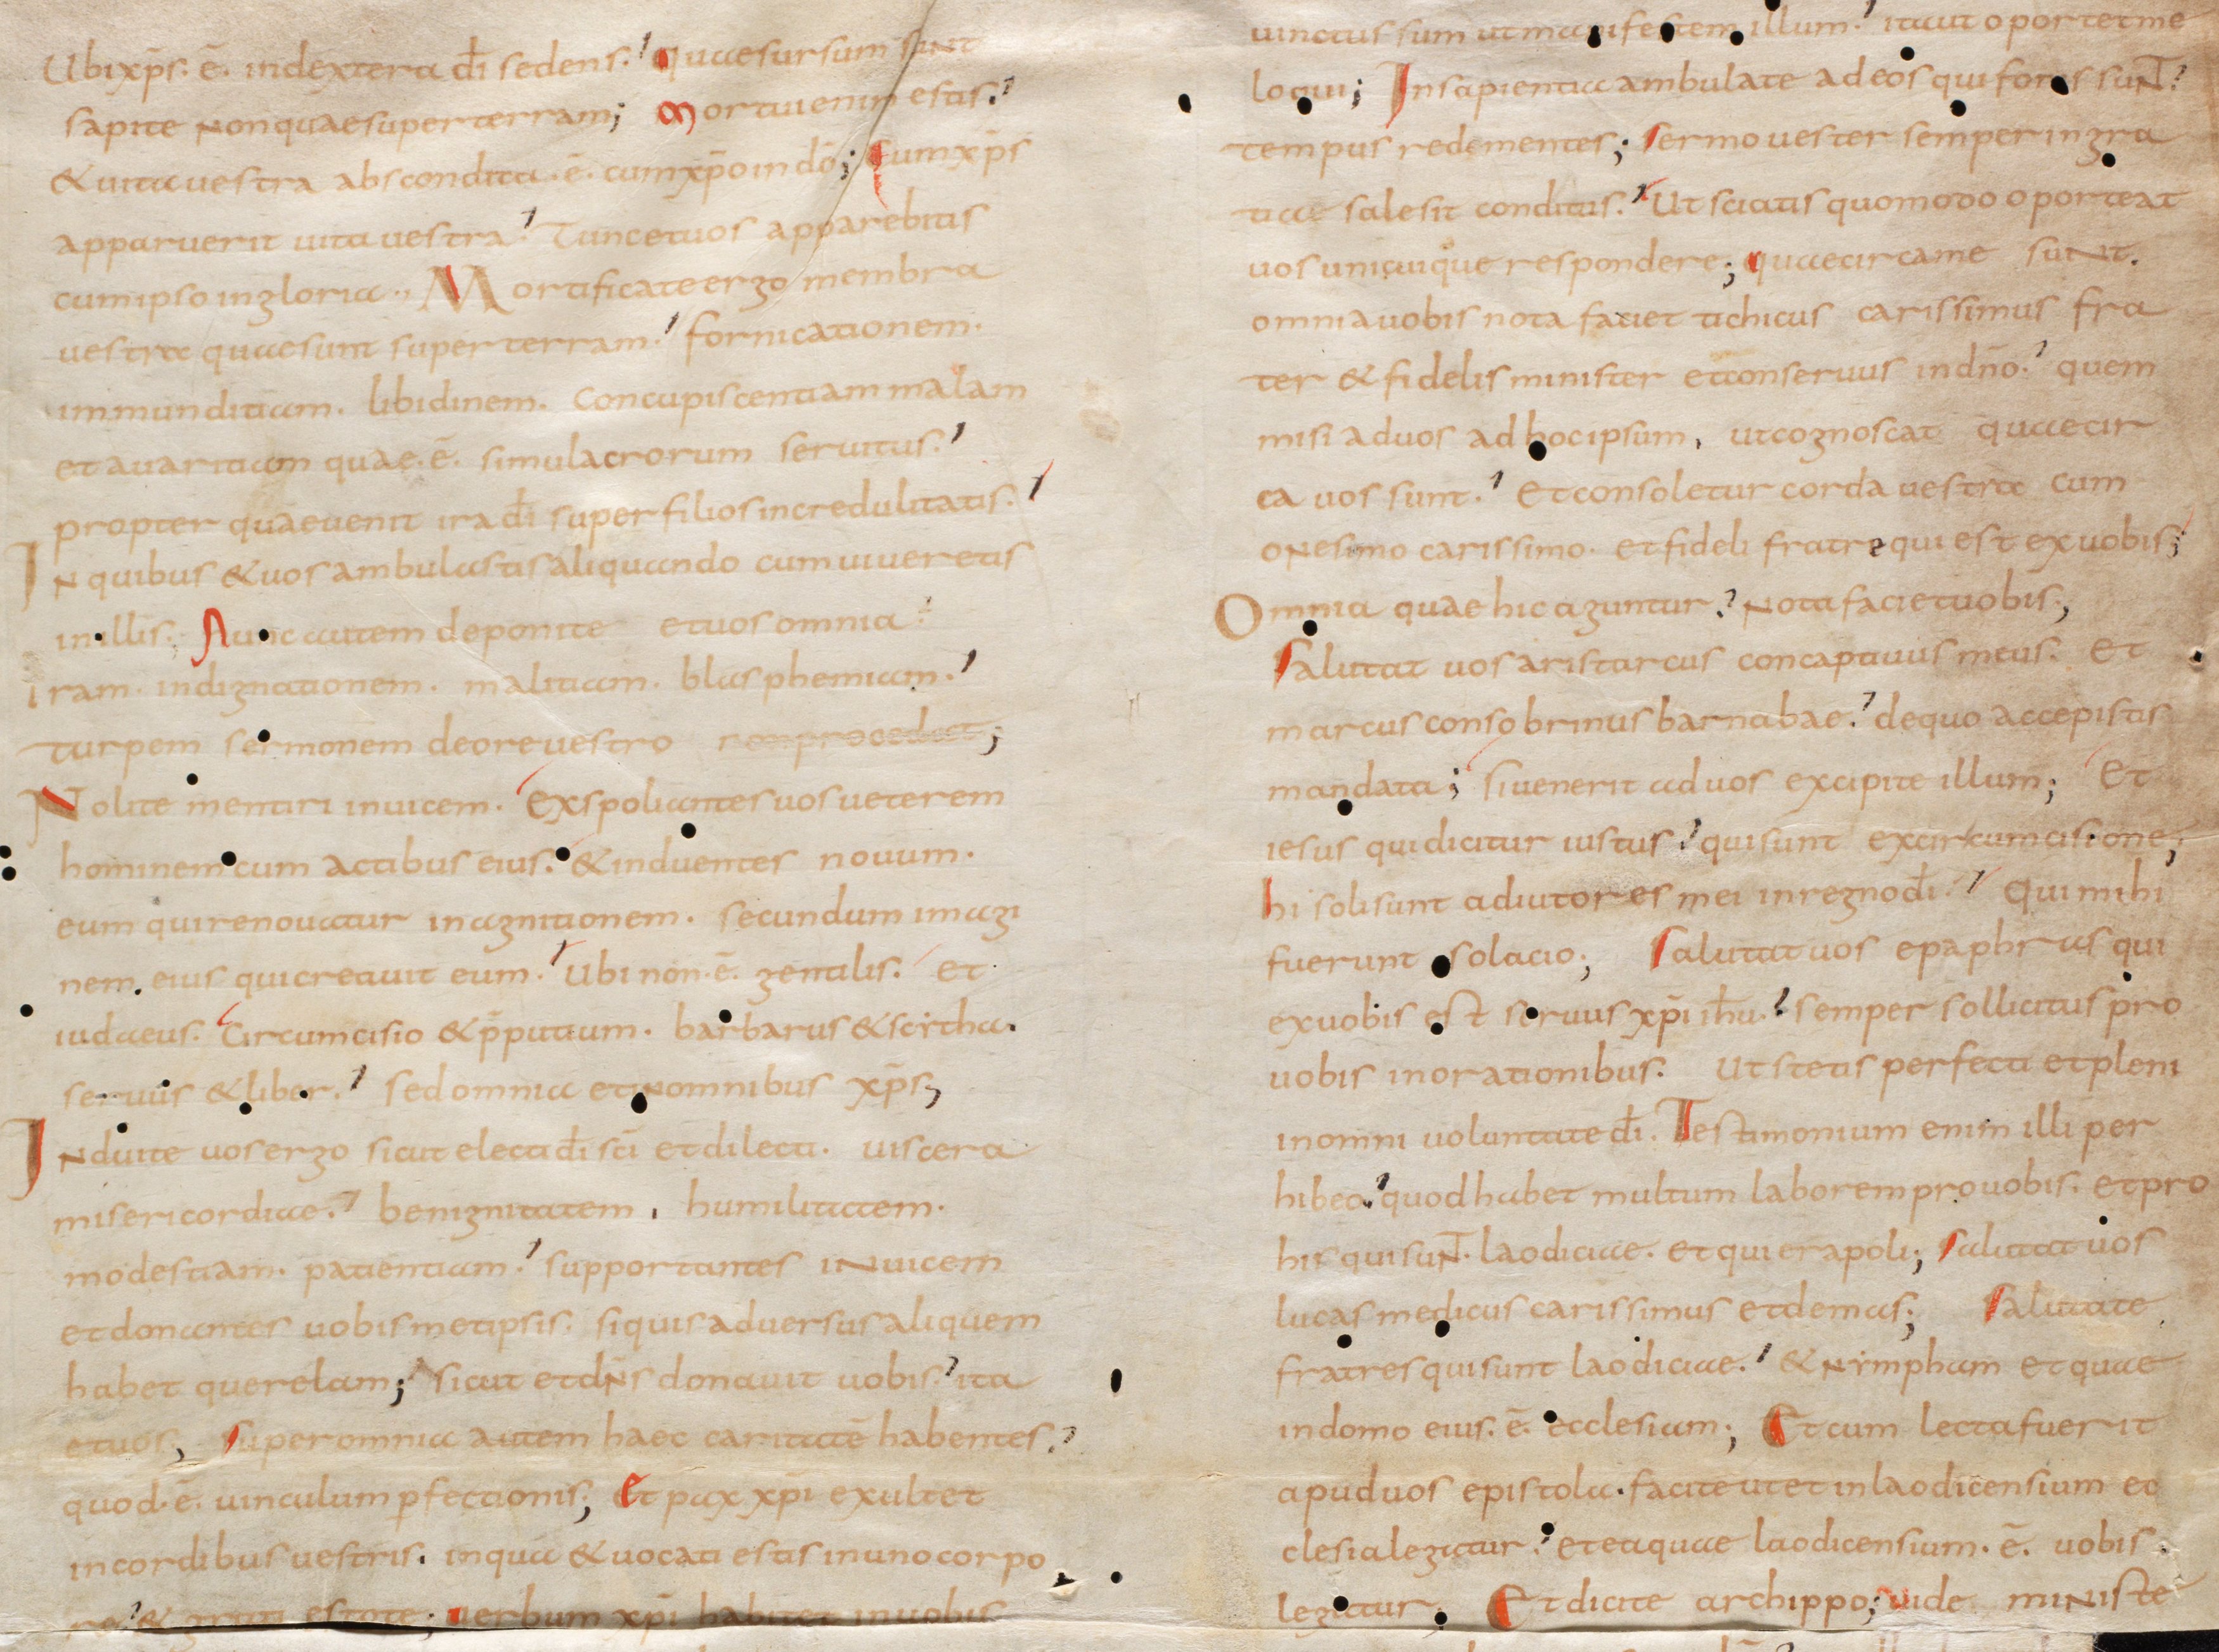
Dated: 800–815